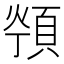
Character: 𱂖